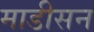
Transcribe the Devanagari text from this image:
माडीसन